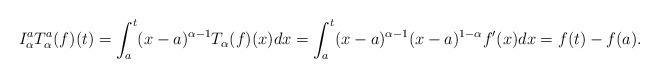
LaTeX: \begin{align*}I_\alpha^a T_\alpha ^a (f)(t)= \int_a^t(x-a)^{\alpha-1} T_\alpha (f)(x) dx= \int_a^t (x-a)^{\alpha-1}(x-a)^{1-\alpha}f^\prime(x) dx=f(t)-f(a).\end{align*}